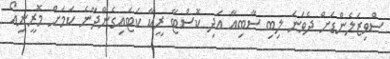
ސްވިޒަލެންޑަށް ދެވަނަ ލިބި ސާބިއާ އަދި ކޮސްޓާާ ރީކާ ކަޓައިގެންދާނެ ކަމަށް މޮރީނިއޯ